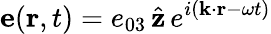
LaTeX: {\mathbf e}({\mathbf r},t)=e_{03}\, \hat{{\mathbf z}}\, e^{i({\mathbf k}\cdot{\mathbf r}-\omega t)}